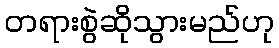
တရားစွဲဆိုသွားမည်ဟု